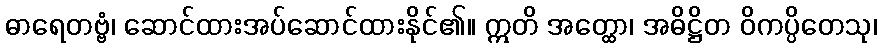
ဓာရေတဗ္ဗံ၊ ဆောင်ထားအပ်ဆောင်ထားနိုင်၏။ ဣတိ အတ္ထော၊ အဓိဋ္ဌိတ ဝိကပ္ပိတေသု၊